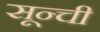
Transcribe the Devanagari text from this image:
सून्ची